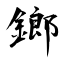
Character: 鎯